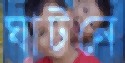
ঘাটনে